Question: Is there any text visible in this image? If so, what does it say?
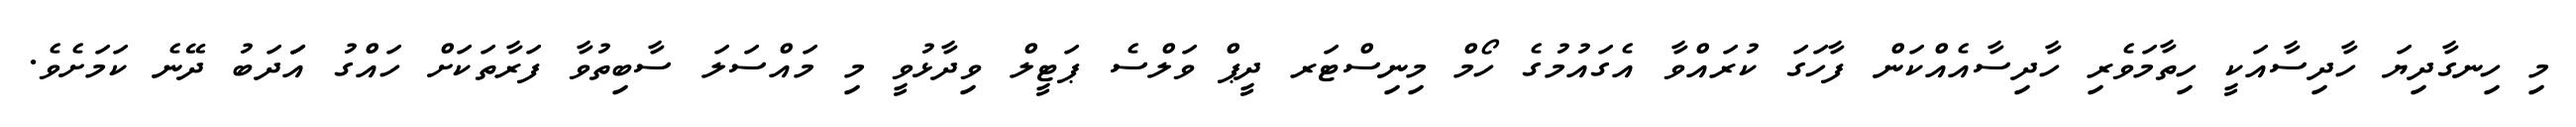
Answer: މި ހިނގާދިޔަ ހާދިސާއަކީ ހިތާމަވެރި ހާދިސާއެއްކަން ފާހަގަ ކުރައްވާ އެގައުމުގެ ހޯމް މިނިސްޓަރ ދީޕް ވަލްސެ ޕަޓީލް ވިދާޅުވީ މި މައްސަލަ ސާބިތުވާ ފަރާތަކަށް ހައްގު އަަދަބު ދޭނެ ކަމަށެވެ.